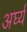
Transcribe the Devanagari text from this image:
अर्घ्य